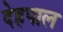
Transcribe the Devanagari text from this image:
देहपाल